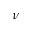
\nu